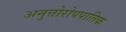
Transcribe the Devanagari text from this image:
अनुत्तोरोपपातिक